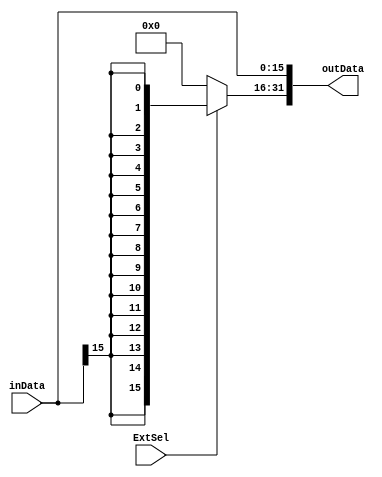
`timescale 1ns / 1ps
//////////////////////////////////////////////////////////////////////////////////
// Company: 
// Engineer: 
// 
// Design Name: 
// Module Name: SignZeroExtend
// Project Name: 
// Target Devices: 
// Tool Versions: 
// Description: 
// 
// Dependencies: 
// 
// Revision:
// Revision 0.01 - File Created
// Additional Comments:
// 
//////////////////////////////////////////////////////////////////////////////////

module SignZeroExtend(
    input [15:0] inData,
    input ExtSel,
    output [31:0] outData
    );
    
    assign outData[31:16] = (ExtSel == 0 ? 16'h0000 : {16{inData[15]}});
    assign outData[15:0] = inData[15:0];
    
endmodule